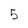
Character: 5